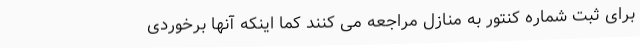
برای ثبت شماره کنتور به منازل مراجعه می کنند کما اینکه آنها برخوردی